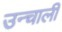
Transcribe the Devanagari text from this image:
उन्चाली